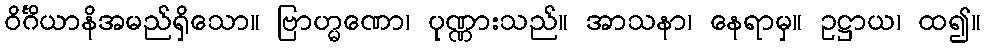
ဝိင်္ဂိယာနိအမည်ရှိသော။ ဗြာဟ္မဏော၊ ပုဏ္ဏားသည်။ အာသနာ၊ နေရာမှ။ ဥဋ္ဌာယ၊ ထ၍။